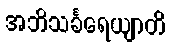
အဘိသင်္ခရေယျာတိ